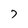
Character: 7